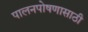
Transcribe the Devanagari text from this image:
पालनपोषणासाठी